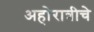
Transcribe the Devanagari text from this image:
अहोरात्रीचे